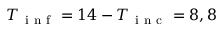
T _ { \mathrm { ~ i ~ n ~ f ~ } } = 1 4 - T _ { \mathrm { ~ i ~ n ~ c ~ } } = 8 , 8